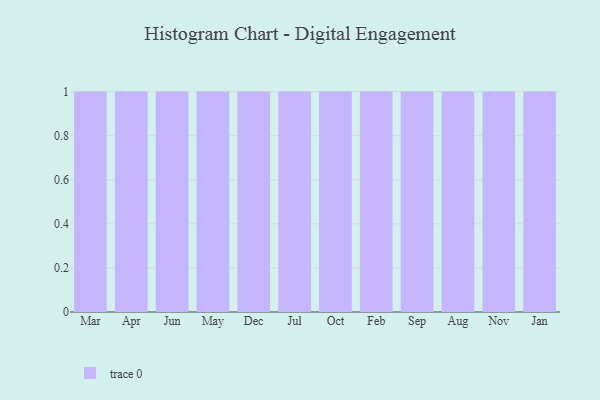
{"axis": {"x": "Month", "y": "Churn Rate (%)"}, "legend": [""], "data": [{"x": "Mar", "y": 51, "type": ""}, {"x": "Apr", "y": 13, "type": ""}, {"x": "Jun", "y": 62, "type": ""}, {"x": "May", "y": 59, "type": ""}, {"x": "Dec", "y": 37, "type": ""}, {"x": "Jul", "y": 36, "type": ""}, {"x": "Oct", "y": 81, "type": ""}, {"x": "Feb", "y": 49, "type": ""}, {"x": "Sep", "y": 49, "type": ""}, {"x": "Aug", "y": 64, "type": ""}, {"x": "Nov", "y": 84, "type": ""}, {"x": "Jan", "y": 82, "type": ""}]}